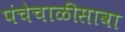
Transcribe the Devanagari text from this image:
पंचेचाळीसावा